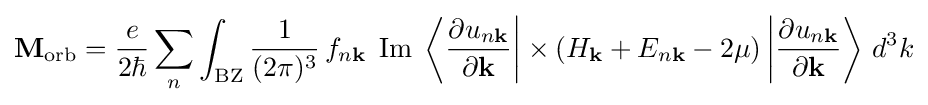
\mathbf {M} _{\rm {orb}}={\frac {e}{2\hbar }}\sum _{n}\int _{\rm {BZ}}{\frac {1}{(2\pi )^{3}}}\,f_{n\mathbf {k} }\;\operatorname {Im} \;\left\langle {\frac {\partial u_{n\mathbf {k} }}{\partial {\mathbf {k} }}}\right|\times \left(H_{\mathbf {k} }+E_{n\mathbf {k} }-2\mu \right)\left|{\frac {\partial u_{n\mathbf {k} }}{\partial {\mathbf {k} }}}\right\rangle \,d^{3}k